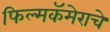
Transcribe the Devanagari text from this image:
फिल्मकॅमेराचे